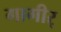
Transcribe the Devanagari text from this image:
गागीर्